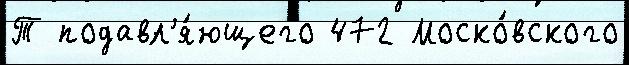
Т подавл'я́ющего 472 Моско́вского